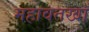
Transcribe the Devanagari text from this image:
महावतखाँ